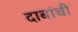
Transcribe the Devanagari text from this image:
दाबांची